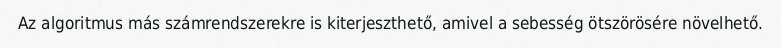
Az algoritmus más számrendszerekre is kiterjeszthető, amivel a sebesség ötszörösére növelhető.